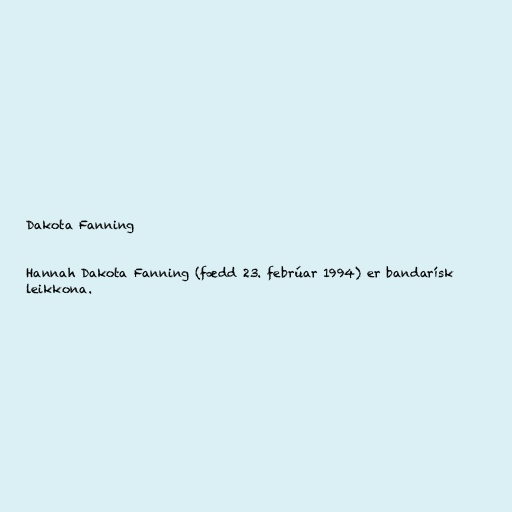
Dakota Fanning

Hannah Dakota Fanning (fædd 23. febrúar 1994) er bandarísk
leikkona.